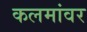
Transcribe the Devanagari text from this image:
कलमांवर